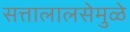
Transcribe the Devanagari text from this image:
सत्तालालसेमुळे